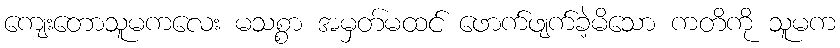
ကျေးတောသူမကလေး မသစ္စာ အမှတ်မထင် ဖောက်ဖျက်ခဲ့မိသော ကတိကို သူမက